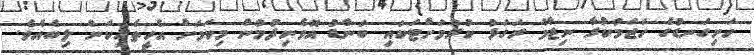
ހަށިގަނޑުގެ ހަޖަމުކުރާ ނިޒާމް ރަގަޅު ކުރުމަށްޓަކައި ބަންޑު އޮވެނިދުމުން މިކަމަށް އެހީތެރިކަން ލިބެއެވެ.